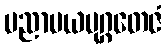
ပညာမယမုဂ္ဂတေဇံ